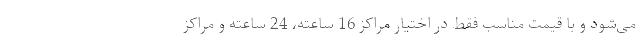
می‌شود و با قیمت مناسب فقط در اختیار مراکز 16 ساعته، 24 ساعته و مراکز